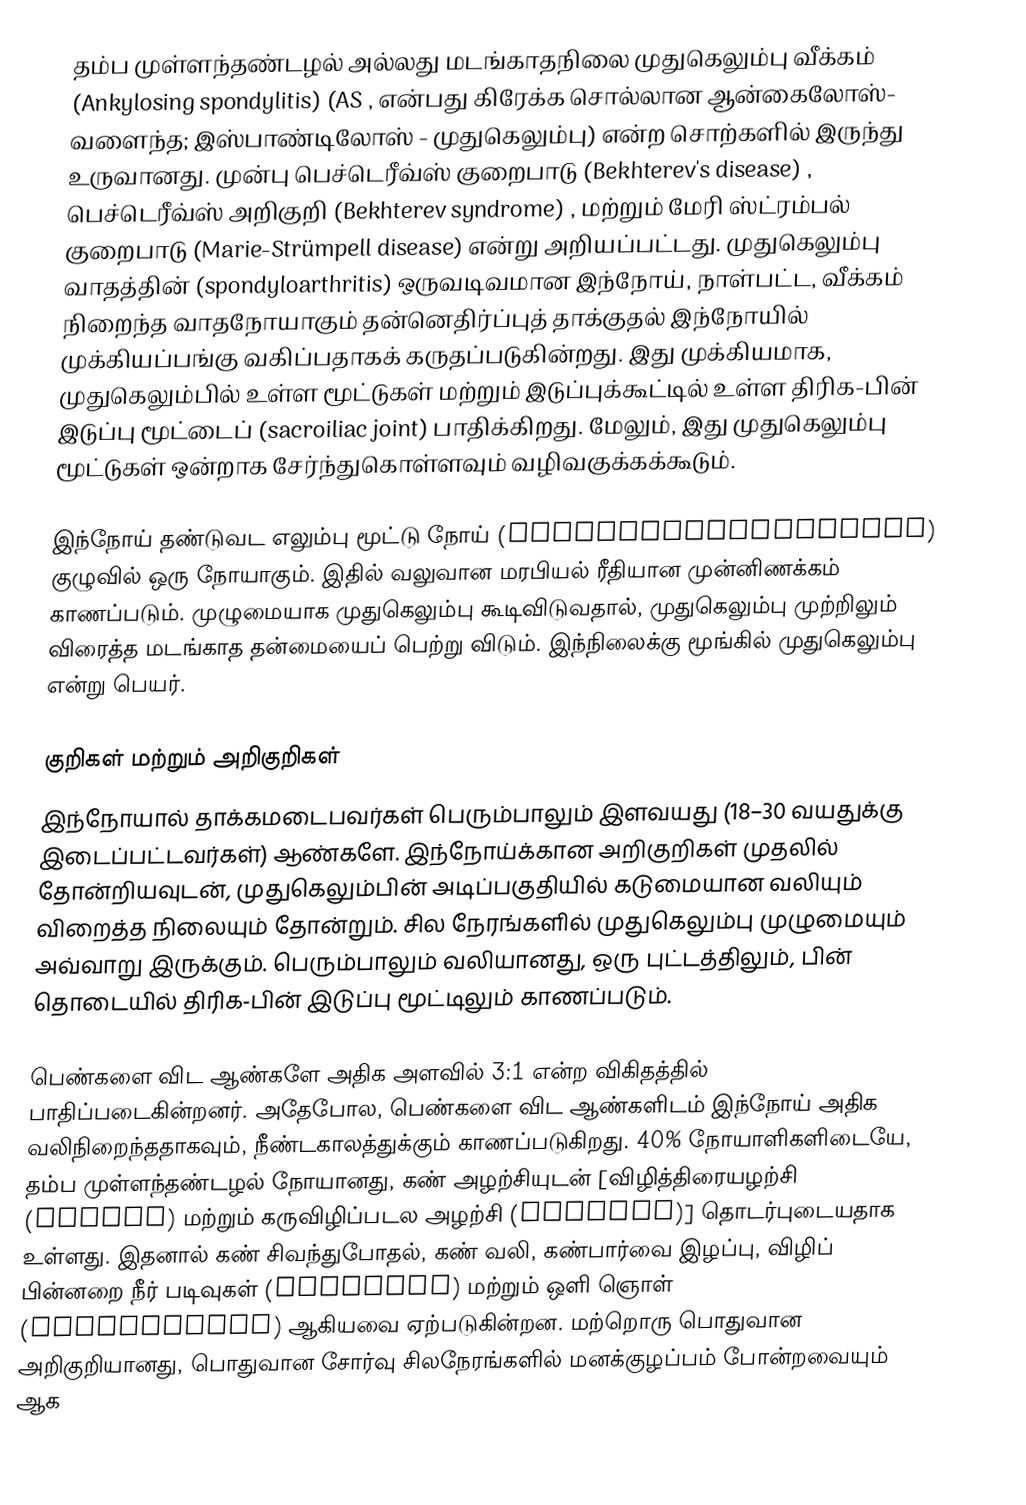
தம்ப முள்ளந்தண்டழல் அல்லது மடங்காதநிலை முதுகெலும்பு வீக்கம் (Ankylosing spondylitis) (AS , என்பது கிரேக்க சொல்லான ஆன்கைலோஸ்- வளைந்த; இஸ்பாண்டிலோஸ் - முதுகெலும்பு) என்ற சொற்களில் இருந்து உருவானது. முன்பு பெச்டெரீவ்ஸ் குறைபாடு (Bekhterev's disease) , பெச்டெரீவ்ஸ் அறிகுறி (Bekhterev syndrome) , மற்றும் மேரி ஸ்ட்ரம்பல் குறைபாடு (Marie-Strümpell disease) என்று அறியப்பட்டது. முதுகெலும்பு வாதத்தின் (spondyloarthritis) ஒருவடிவமான  இந்நோய், நாள்பட்ட, வீக்கம் நிறைந்த வாதநோயாகும்  தன்னெதிர்ப்புத் தாக்குதல் இந்நோயில் முக்கியப்பங்கு வகிப்பதாகக் கருதப்படுகின்றது. இது முக்கியமாக, முதுகெலும்பில் உள்ள மூட்டுகள் மற்றும் இடுப்புக்கூட்டில் உள்ள திரிக-பின் இடுப்பு மூட்டைப் (sacroiliac joint) பாதிக்கிறது. மேலும், இது முதுகெலும்பு மூட்டுகள் ஒன்றாக சேர்ந்துகொள்ளவும் வழிவகுக்கக்கூடும்.

இந்நோய் தண்டுவட எலும்பு மூட்டு நோய் (spondyloarthropathy) குழுவில் ஒரு நோயாகும். இதில் வலுவான மரபியல் ரீதியான முன்னிணக்கம் காணப்படும். முழுமையாக முதுகெலும்பு கூடிவிடுவதால், முதுகெலும்பு முற்றிலும் விரைத்த மடங்காத தன்மையைப் பெற்று விடும். இந்நிலைக்கு மூங்கில் முதுகெலும்பு என்று பெயர்.

குறிகள் மற்றும் அறிகுறிகள்
இந்நோயால் தாக்கமடைபவர்கள் பெரும்பாலும் இளவயது (18–30 வயதுக்கு இடைப்பட்டவர்கள்) ஆண்களே. இந்நோய்க்கான அறிகுறிகள் முதலில் தோன்றியவுடன், முதுகெலும்பின் அடிப்பகுதியில் கடுமையான வலியும் விறைத்த நிலையும் தோன்றும். சில நேரங்களில் முதுகெலும்பு முழுமையும் அவ்வாறு இருக்கும். பெரும்பாலும் வலியானது, ஒரு புட்டத்திலும், பின் தொடையில் திரிக-பின் இடுப்பு மூட்டிலும் காணப்படும்.

பெண்களை விட ஆண்களே அதிக அளவில் 3:1 என்ற விகிதத்தில் பாதிப்படைகின்றனர். அதேபோல, பெண்களை விட ஆண்களிடம் இந்நோய் அதிக வலிநிறைந்ததாகவும், நீண்டகாலத்துக்கும் காணப்படுகிறது. 40% நோயாளிகளிடையே, தம்ப முள்ளந்தண்டழல் நோயானது, கண் அழற்சியுடன் [விழித்திரையழற்சி (Iritis) மற்றும் கருவிழிப்படல அழற்சி (uveitis)] தொடர்புடையதாக உள்ளது. இதனால் கண் சிவந்துபோதல், கண் வலி, கண்பார்வை இழப்பு, விழிப் பின்னறை நீர் படிவுகள் (floaters) மற்றும் ஒளி ஞொள் (photophobia) ஆகியவை ஏற்படுகின்றன. மற்றொரு பொதுவான அறிகுறியானது, பொதுவான சோர்வு சிலநேரங்களில் மனக்குழப்பம் போன்றவையும் ஆக